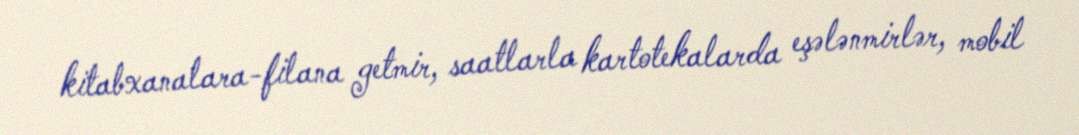
kitabxanalara-filana getmir, saatlarla kartotekalarda eşələnmirlər, mobil